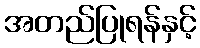
အတည်ပြုရန်နှင့်